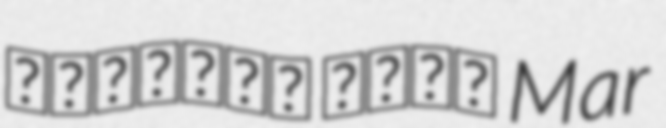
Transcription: ܩܘܪܝܩܘܣ ܣܗܕܐ Mar